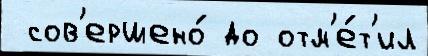
 сов'ершено́ до отм'е́т'ил